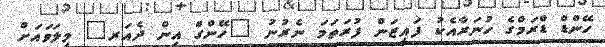
ހޭންޑް ޑްރަމްގެ ހުނަރާއެކު ފައިޒަން ފުރަތަމަ ނެރުނު "ހޭންގް އިން ދެއަރ" މިލަވައަށް